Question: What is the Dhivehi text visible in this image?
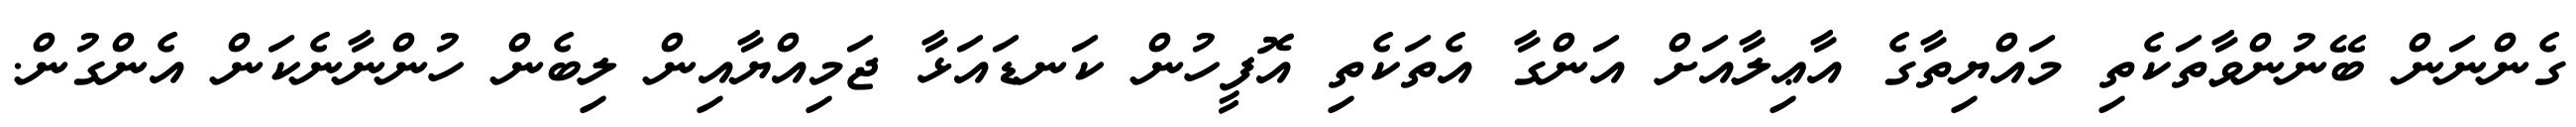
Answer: ގެންނަން ބޭނުންވާތަކެތި މައްޔިތާގެ އާޢިލާއަށް އަންގާ އެތަކެތި އޮފީހުން ކަނޑައަޅާ ޖަމިއްޔާއިން ލިބެން ހުންނާނެކަން އެންގުން.